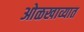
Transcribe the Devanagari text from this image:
ओळखाव्यात